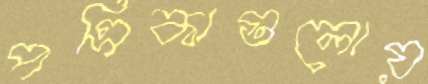
পত্রিকাগুলোয়